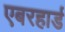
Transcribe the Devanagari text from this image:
एबरहार्ड